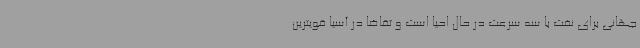
جهانی برای نفت با سه سرعت در حال احیا است و تقاضا در آسیا قویترین